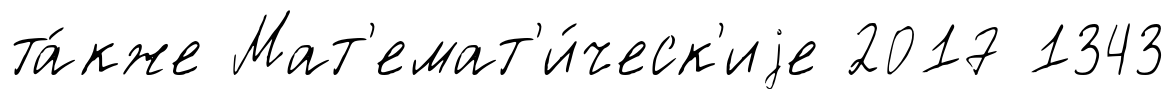
та́кже Мат'емат'и́ческ'иjе 2017 1343